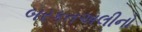
બરકતઅલીનો